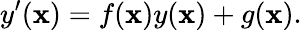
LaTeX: y^{\prime}(\mathbf{x})=f(\mathbf{x})y(\mathbf{x})+g(\mathbf{x}).